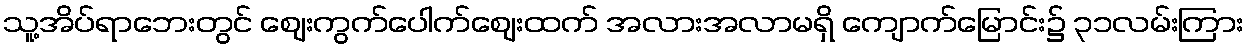
သူ့အိပ်ရာဘေးတွင် ဈေးကွက်ပေါက်ဈေးထက် အလားအလာမရှိ ကျောက်မြောင်း၌ ၃၁လမ်းကြား